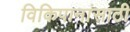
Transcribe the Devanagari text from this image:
विकिपानांसाठी